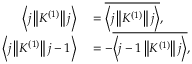
\begin{array} { r l } { \left\langle j \left\| K ^ { ( 1 ) } \right\| j \right\rangle } & { { } = { \overline { { \left\langle j \left\| K ^ { ( 1 ) } \right\| j \right\rangle } } } , } \\ { \left\langle j \left\| K ^ { ( 1 ) } \right\| j - 1 \right\rangle } & { { } = - { \overline { { \left\langle j - 1 \left\| K ^ { ( 1 ) } \right\| j \right\rangle } } } , } \end{array}